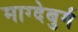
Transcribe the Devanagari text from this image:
माग्देबुर्ग